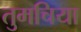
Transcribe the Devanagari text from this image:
तुमचिया